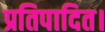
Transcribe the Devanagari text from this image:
प्रतिपादित।